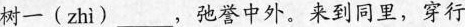
树一( zhì )___，弛誉中外。来到同里，穿行